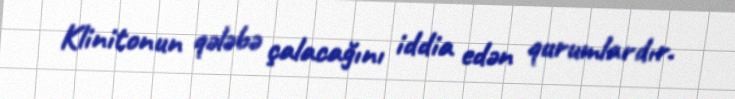
Klinitonun qələbə çalacağını iddia edən qurumlardır.